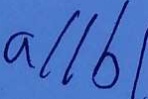
a / / b /